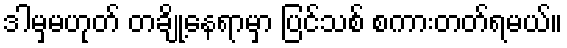
ဒါမှမဟုတ် တချို့နေရာမှာ ပြင်သစ် စကားတတ်ရမယ်။